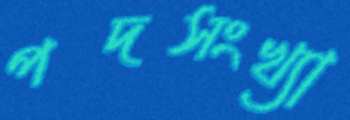
পদসংখ্যা